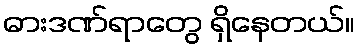
ဓားဒဏ်ရာတွေ ရှိနေတယ်။